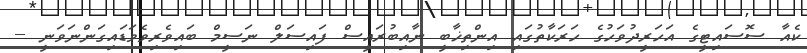
ކެއާ ސޮސައިޓީގެ އަހަރީދުވަހުގެ ހަރަކާތުގައި އިންތިޚާބީ ނާއިބުރައީސް ފައިސަލް ނަސީމް ބައިވެރިވެވަޑައިގަންނަވަނީ --